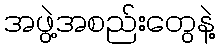
အဖွဲ့အစည်းတွေနဲ့